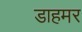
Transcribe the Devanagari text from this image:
डाहमर